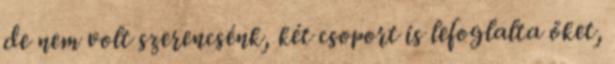
de nem volt szerencsénk, két csoport is lefoglalta őket,